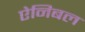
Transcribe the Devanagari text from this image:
ऐनिबल